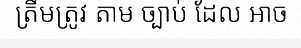
ត្រឹមត្រូវ តាម ច្បាប់ ដែល អាច